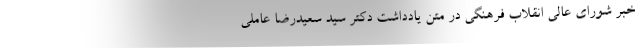
خبر شورای عالی انقلاب فرهنگی در متن یادداشت دکتر سید سعیدرضا عاملی